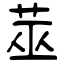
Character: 莁